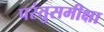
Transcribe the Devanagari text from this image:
परंतुसमीक्षा